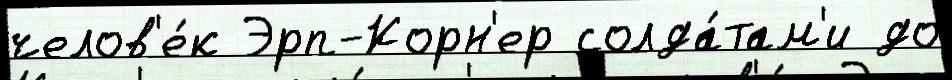
челов'е́к Эрп-Корн'ер солда́там'и до